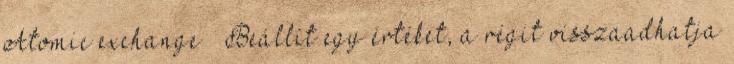
Atomic exchange – Beállít egy értéket, a régit visszaadhatja